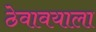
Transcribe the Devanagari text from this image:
ठेवावयाला